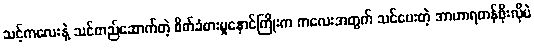
သင့်ကလေးနဲ့ သင်တည်ဆောက်တဲ့ စိတ်ခံစားမှုနှောင်ကြိုးက ကလေးအတွက် သင်ပေးတဲ့ အာဟာရတန်ဖိုးလိုပဲ